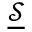
\underline { { \mathcal { S } } }